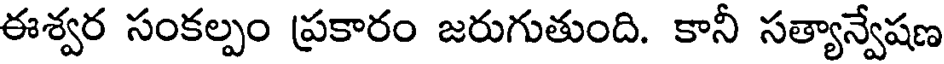
ఈశ్వర సంకల్పం ప్రకారం జరుగుతుంది. కానీ సత్యాన్వేషణ